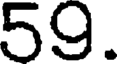
59.